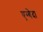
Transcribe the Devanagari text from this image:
एग्बेदा